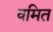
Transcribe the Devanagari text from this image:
वमित